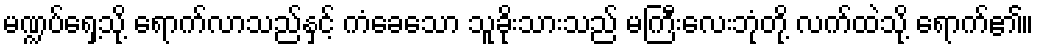
မဏ္ဍပ်ရှေ့သို့ ရောက်လာသည်နှင့် ကံခေသော သူခိုးသားသည် မကြီးလေးဘုံတို့ လက်ထဲသို့ ရောက်၏။